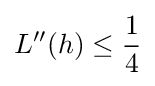
L''(h)\leq {\frac {1}{4}}